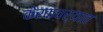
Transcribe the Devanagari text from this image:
केरकचर्‍यात